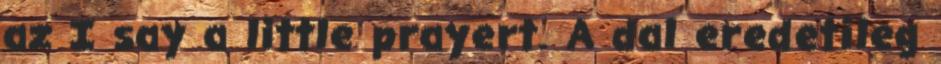
az I say a little prayert. A dal eredetileg